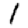
Digit: 1